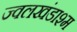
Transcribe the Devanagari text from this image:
ज्वलखंडाश्म